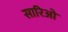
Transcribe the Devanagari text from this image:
सारिओ